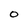
Character: O